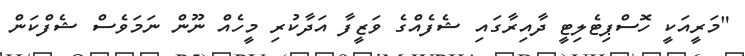
"މަރީއަކީ ހޮސްޕިޓެލިޓީ ދާއިރާގައި ޝެފެއްގެ ވަޒީފާ އަދާކުރި މީހެއް ނޫން ނަމަވެސް ޝެފްކަން